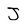
Character: J